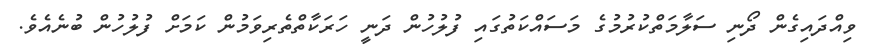
ވިއްދައިގެން ދޯނި ސަލާމަތްކުރުމުގެ މަސައްކަތުގައި ފުލުހުން ދަނީ ހަރަކާތްތެރިވަމުން ކަމަށް ފުލުހުން ބުނެއެވެ.